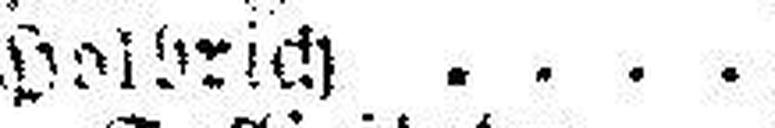
August Holbrich